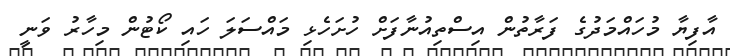
އާފިޔާ މުހައްމަދުގެ ފަރާތުން އިސްތިއުނާފަށް ހުށަހެޅި މައްސަލަ ހައި ކޯޓުން މިހާރު ވަނީ